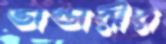
ভান্ডারীর